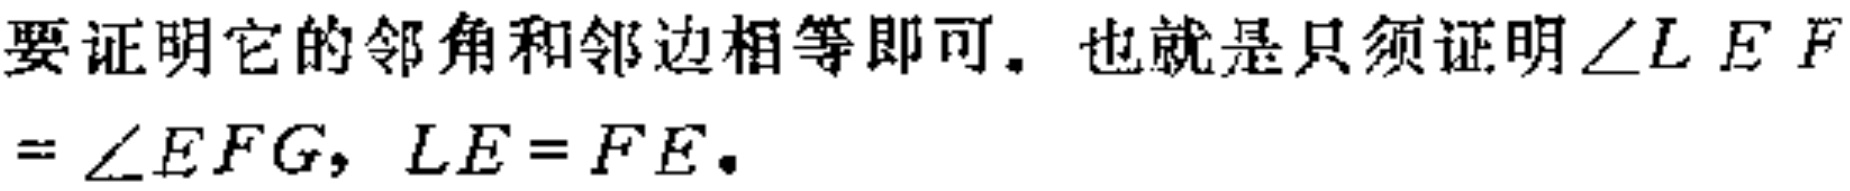
要证明它的邻角和邻边相等即可。也就是只须证明$\angle L E F=\angle E F G$，$L E = F E$。